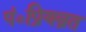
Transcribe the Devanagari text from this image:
पं०प्रियव्रत